Indian journal of veterinary science and animal husbandry - Volume 8,
Year: 1938
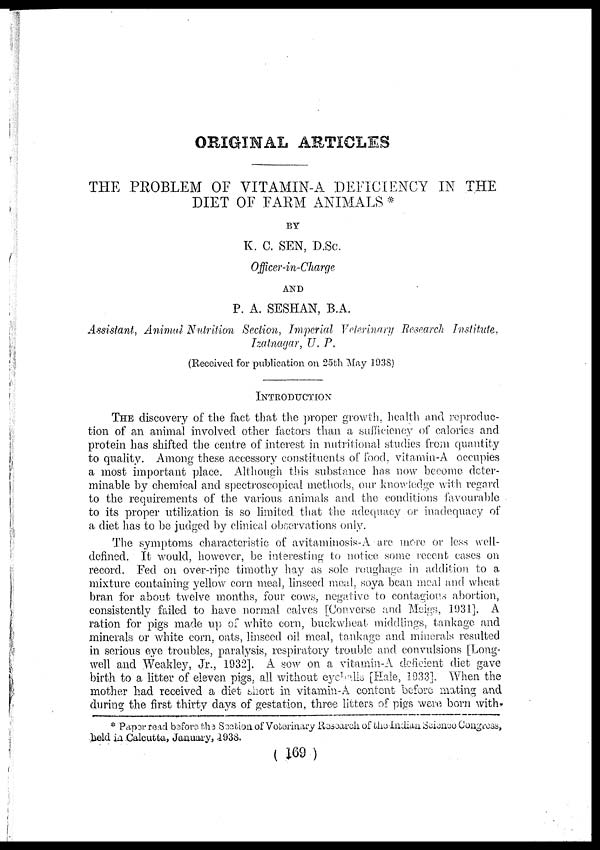
ORIGINAL ARTICLES
THE PROBLEM OF VITAMIN-A DEFICIENCY IN THE
DIET OF FARM ANIMALS *
BY
K. C. SEN, D.Sc.
Officer-in-Charge
AND
P. A. SESHAN, B.A.
Assistant, Animal Nutrition Section, Imperial Veterinary Research Institute,
Izatnagar, U. P.
(Received for publication on 25th May 1938)
INTRODUCTION
THE discovery of the fact that the proper growth, health and reproduc-
tion of an animal involved other factors than a sufficiency of calories and
protein has shifted the centre of interest in nutritional studies from quantity
to quality. Among these accessory constituents of food, vitamin-A occupies
a most important place. Although this substance has now become deter-
minable by chemical and spectroscopical methods, our knowledge with regard
to the requirements of the various animals and the conditions favourable
to its proper utilization is so limited that the adequacy or inadequacy of
a diet has to be judged by clinical observations only.
The symptoms characteristic of avitaminosis-A are more or less well-
defined. It would, however, be interesting to notice some recent cases on
record. Fed on over-ripe timothy hay as sole roughage in addition to a
mixture containing yellow corn meal, linseed meal, soya bean meal and wheat
bran for about twelve months, four cows, negative to contagious abortion,
consistently failed to have normal calves [Converse and Meigs, 1931]. A
ration for pigs made up of white corn, buckwheat middlings, tankage and
minerals or white corn, oats, linseed oil meal, tankage and minerals resulted
in serious eye troubles, paralysis, respiratory trouble and convulsions [Long-
well and Weakley, Jr., 1932]. A sow on a vitamin-A deficient diet gave
birth to a litter of eleven pigs, all without eyeballs [Hale, 1933]. When the
mother had received a diet short in vitamin-A content before mating and
during the first thirty days of gestation, three litters of pigs were born with-
* Paper read before the Section of Veterinary Research of the Indian Science Congress,
held in Calcutta, January, 1938.
( 169 )